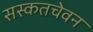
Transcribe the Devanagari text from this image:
सस्कतचेवन